Civil Veterinary Dept. North-West Frontier Province 1933-46 - 1933-1946
Year: 1933
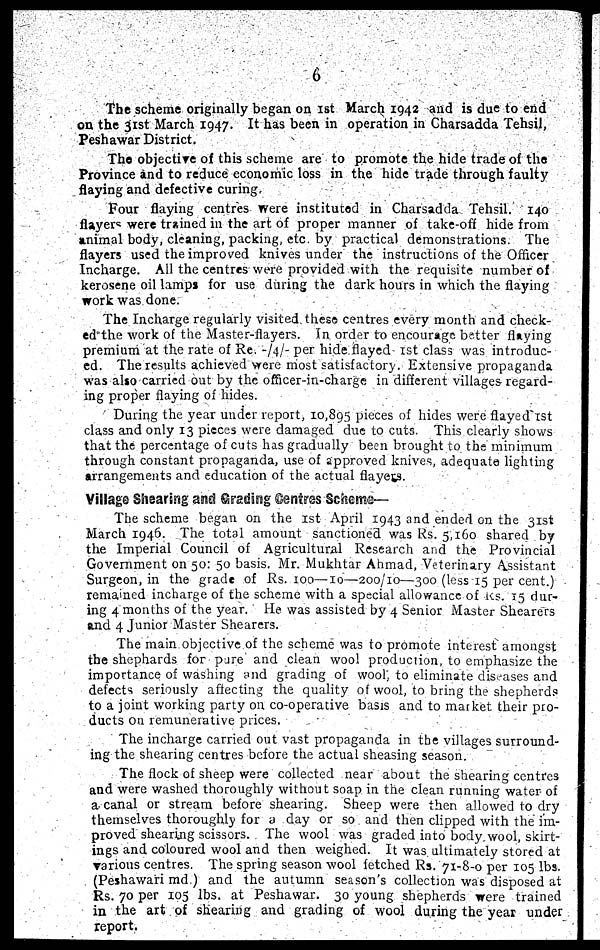
6
The scheme originally began on 1st March 1942 and is due to end
on the 31st March 1947. It has been in operation in Charsadda Tehsil,
Peshawar District.
The objective of this scheme are to promote the hide trade of the
Province and to reduce economic loss in the hide trade through faulty
flaying and defective curing
Four flaying centres were instituted in Charsadda Tehsil. 140
flayers were trained in the art of proper manner of take-off hide from
animal body, cleaning, packing, etc by practical demonstrations. The
flayers used the improved knives under the instructions of the Officer
Incharge. All the centres were provided with the requisite number of
kerosene oil lamps for use during the dark hours in which the flaying
work was done.
The Incharge regularly visited these centres every month and check-
ed the work of the Master-flayers. In order to encourage better flaying
premium at the rate of Re. -/4/- per hide flayed 1st class was introduc-
ed. The results achieved were most satisfactory. Extensive propaganda
was also carried out by the officer-in-charge in different villages-regard-
ing proper flaying of hides.
During the year under report, 10,895 pieces of hides were flaved 1st
class and only 13 pieces were damaged due to cuts. This clearly shows
that the percentage of cuts has gradually been brought to the minimum
through constant propaganda, use of approved knives, adequate lighting
arrangements and education of the actual flayers.
Village Shearing and Grading Centres Scheme—
The scheme began on the 1st April 1943 and ended on the 31st
March 1946. The total amount sanctioned was Rs. 5,160 shared by
the Imperial Council of Agricultural Research and the Provincial
Government on 50: 50 basis. Mr. Mukhtar Ahmad, Veterinary Assistant
Surgeon, in the grade of Rs. 100—10—200/10—300 (less 15 per cent.)
remained incharge of the scheme with a special allowance of Rs. 15 dur-
ing 4 months of the year, He was assisted by 4 Senior Master Shearers
and 4 Junior Master Shearers.
The main objective of the scheme was to promote interest amongst
the shephards for pare and clean wool production to emphasize the
importance of washing and grading of wool to eliminate diseases and
defects seriously affecting the quality of wool, to bring the shepherds
to a joint working party on co-operative basis and to market their pro-
ducts on remunerative prices.
The incharge carried out vast propaganda in the villages surround-
ing the shearing centres before the actual sheasing season.
The flock of sheep were collected near about the shearing centres
and were washed thoroughly without soap in the clean running water of
a canal or stream before shearing. Sheep were then allowed to dry
themselves thoroughly for a day or so and then clipped with the im-
proved shearing scissors. The wool was graded into body wool, skirt-
ings and coloured wool and then weighed. It was ultimately stored at
various centres. The spring season wool fetched Rs. 71-8-0 per 105 lbs.
(Peshawari md ) and the autumn season's collection was disposed at
Rs. 70 per 105 lbs. at Peshawar. 30 young shepherds were trained
in the art of shearing and grading of wool during the year under
report.